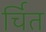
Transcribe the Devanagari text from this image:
र्चित